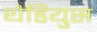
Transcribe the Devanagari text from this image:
थैडियुस